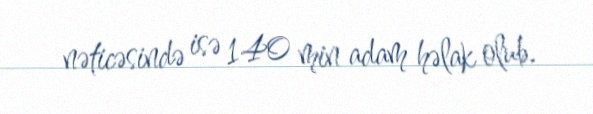
nəticəsində isə 140 min adam həlak olub.